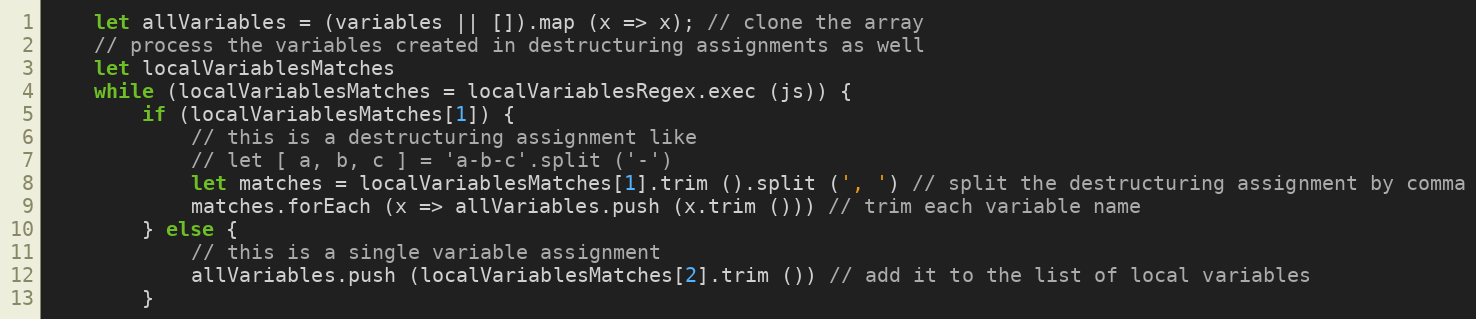
Language: JavaScript
    let allVariables = (variables || []).map (x => x); // clone the array
    // process the variables created in destructuring assignments as well
    let localVariablesMatches
    while (localVariablesMatches = localVariablesRegex.exec (js)) {
        if (localVariablesMatches[1]) {
            // this is a destructuring assignment like
            // let [ a, b, c ] = 'a-b-c'.split ('-')
            let matches = localVariablesMatches[1].trim ().split (', ') // split the destructuring assignment by comma
            matches.forEach (x => allVariables.push (x.trim ())) // trim each variable name
        } else {
            // this is a single variable assignment
            allVariables.push (localVariablesMatches[2].trim ()) // add it to the list of local variables
        }